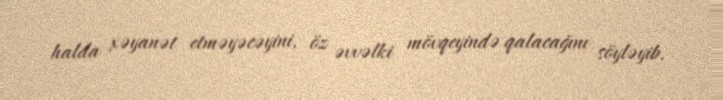
halda xəyanət etməyəcəyini, öz əvvəlki mövqeyində qalacağını söyləyib.